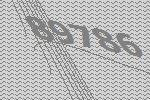
89786